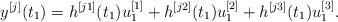
LaTeX: \begin{align*}{y^{[j]}}({t_1}) = {h^{[j1]}}({t_1})u_1^{[1]} + {h^{[j2]}}({t_1})u_1^{[2]} + {h^{[j3]}}({t_1})u_1^{[3]}.\end{align*}